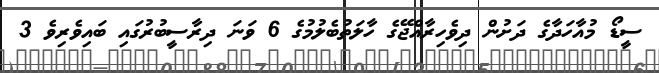
ސީޑޯ މުއާހަދާގެ ދަށުން ދިވެހިރާއްޖޭގެ ހާލަތުބެލުމުގެ 6 ވަނަ ދިރާސީބުރުގައި ބައިވެރިވެ 3